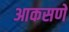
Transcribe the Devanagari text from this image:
आकसणे